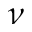
\nu